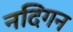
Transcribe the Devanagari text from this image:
नदिगन